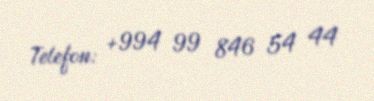
Telefon: +994 99 846 54 44